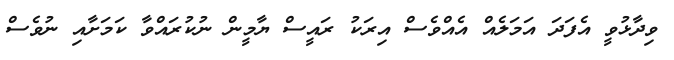
ވިދާޅުވީ އެފަދަ އަމަލެއް އެއްވެސް އިރަކު ރައީސް ޔާމީން ނުކުރައްވާ ކަމަށާއި ނުވެސް